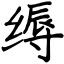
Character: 缛